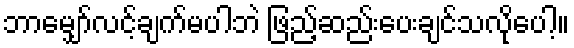
ဘာမျှော်လင့်ချက်မပါဘဲ ဖြည့်ဆည်းပေးချင်သလိုပေါ့။